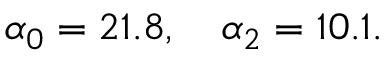
\alpha _ { 0 } = 2 1 . 8 , \quad \alpha _ { 2 } = 1 0 . 1 .